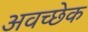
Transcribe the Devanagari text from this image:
अवच्छेक